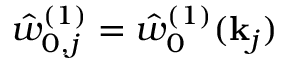
\hat { w } _ { 0 , j } ^ { ( 1 ) } = \hat { w } _ { 0 } ^ { ( 1 ) } ( \mathbf { k } _ { j } )